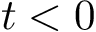
t < 0